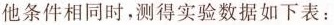
他条件相同时，测得实验数据如下表：